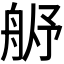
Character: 𬜓